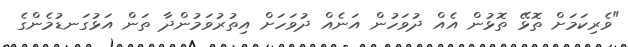
"ވެރިކަމަށް ތޮޅޭ ތޮޅުން އެއް ދުވަހުން އަނެއް ދުވަހަށް އިތުރުވަމުންދާ ތަން އަޅުގަނޑުމެންގެ